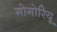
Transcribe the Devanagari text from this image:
गोगोरियू